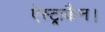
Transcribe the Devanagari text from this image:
ऐस्ट्राकैन।